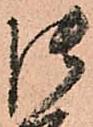
御